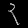
Digit: ၃